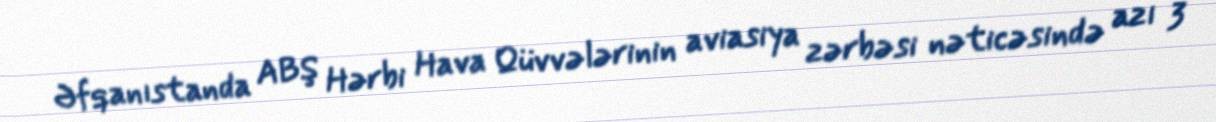
Əfqanıstanda ABŞ Hərbi Hava Qüvvələrinin aviasiya zərbəsi nəticəsində azı 3